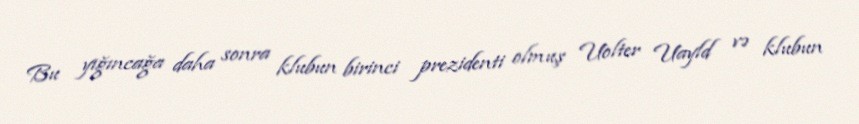
Bu yığıncağa daha sonra klubun birinci prezidenti olmuş Uolter Uayld və klubun